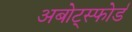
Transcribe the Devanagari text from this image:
अबोट्स्फोर्ड